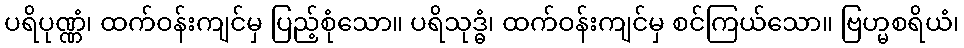
ပရိပုဏ္ဏံ၊ ထက်ဝန်းကျင်မှ ပြည့်စုံသော။ ပရိသုဒ္ဓံ၊ ထက်ဝန်းကျင်မှ စင်ကြယ်သော။ ဗြဟ္မစရိယံ၊